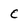
Character: c